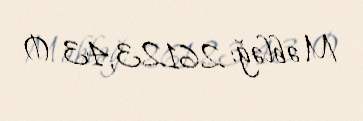
Məbləğ: 26123,43 ₼